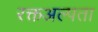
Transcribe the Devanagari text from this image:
रक्तअल्पता